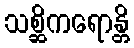
သစ္ဆိကရောန္တိ